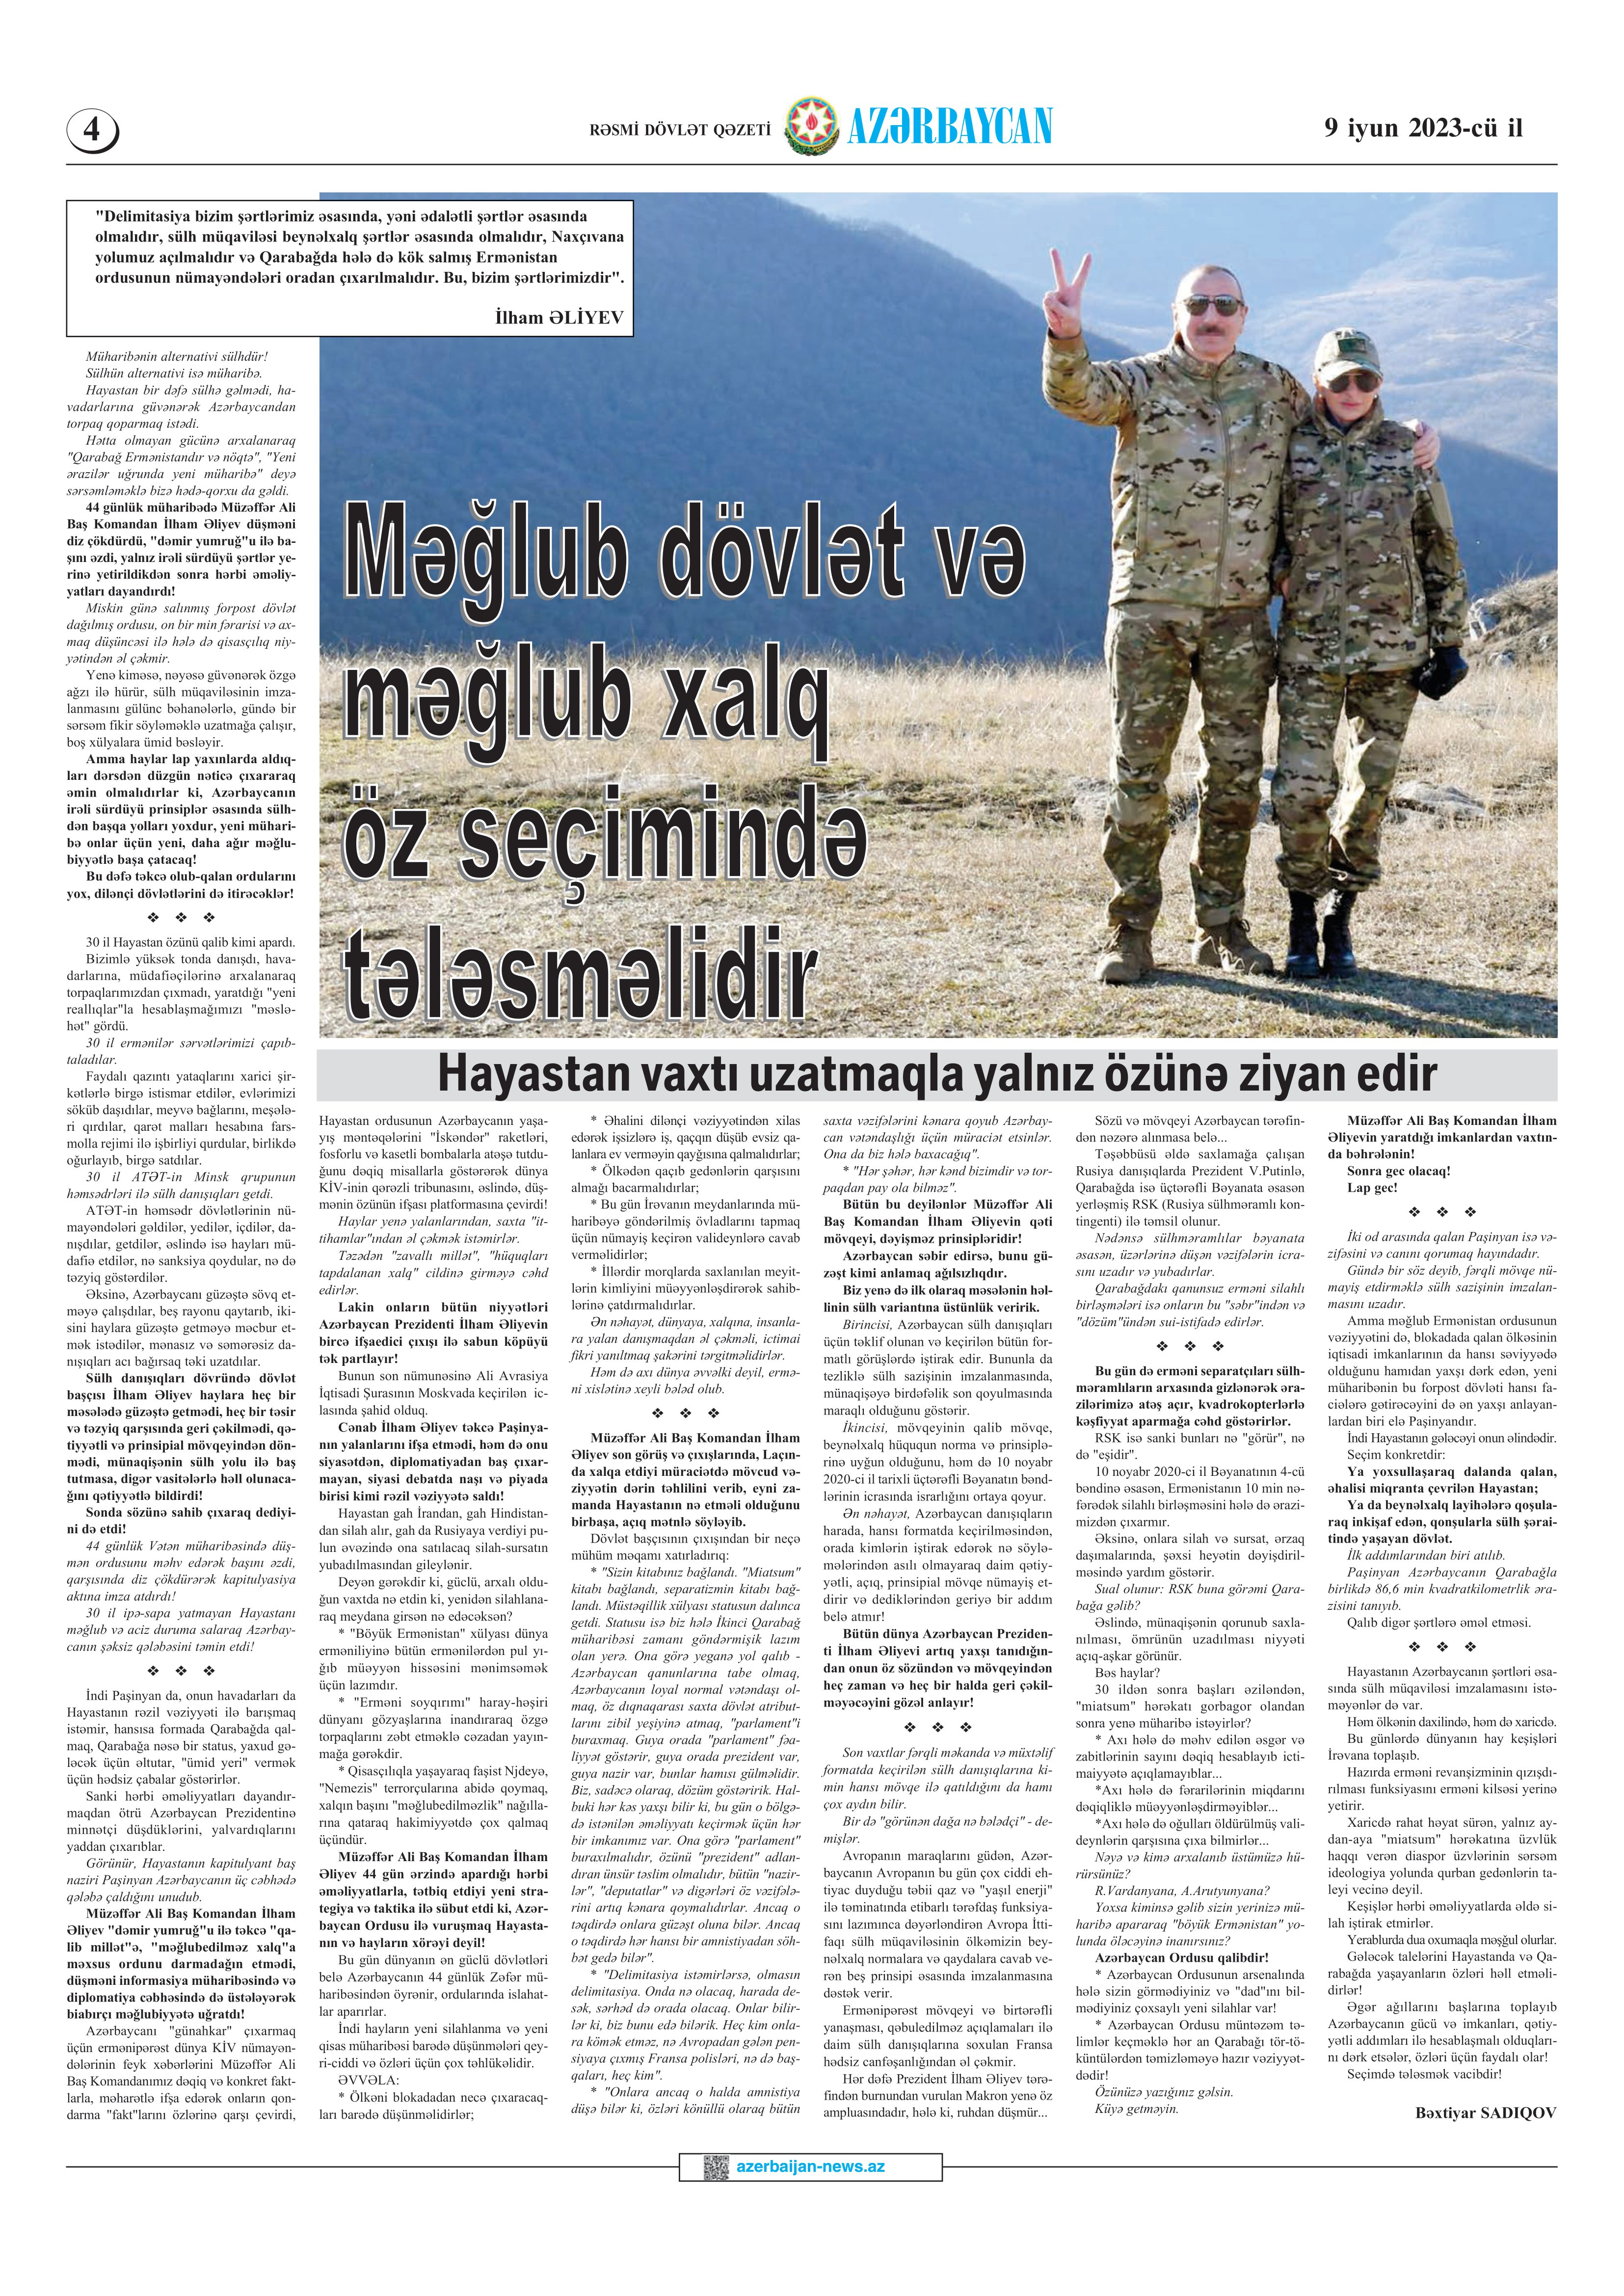
Language: az